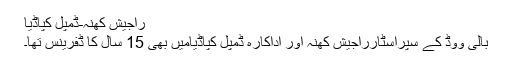
راجیش کھنہ-ڈمپل کپاڈیا
بالی ووڈ کے سپراسٹارراجیش کھنہ اور اداکارہ ڈمپل کپاڈیامیں بھی 15 سال کا ڈفرینس تھا۔